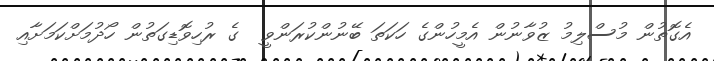
އެގޮތުން މުސްލިމު ޒުވާނުން އެމީހުންގެ ހަކަތަ ބޭނުންކުރަންވީ  ގެ ރުހިވޮޑިގަތުން ހޯދުމަށްކަމަށާއި